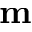
\mathbf { m }